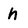
Character: h